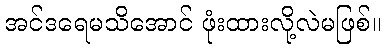
အင်ဒရေမသိအောင် ဖုံးထားလို့လဲမဖြစ်။